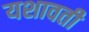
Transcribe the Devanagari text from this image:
यशावती